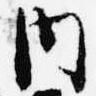
内